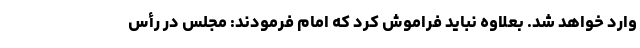
وارد خواهد شد. بعلاوه نباید فراموش کرد که امام فرمودند: مجلس در رأس